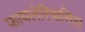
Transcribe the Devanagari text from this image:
फायलेरियासिस